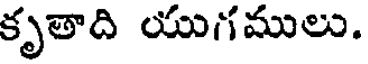
కృతాది యుగములు.